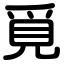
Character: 覓